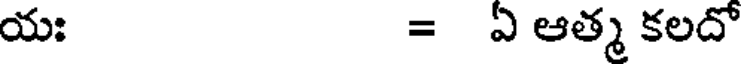
యః = ఏ ఆత్మ కలదో